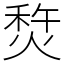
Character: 㷏